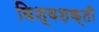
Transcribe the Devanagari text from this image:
विश्वशक्ती